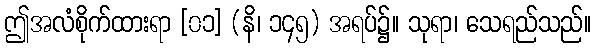
ဤအလံစိုက်ထားရာ [၀၁] (နိ၊ ၁၄၅) အရပ်၌။ သုရာ၊ သေရည်သည်။